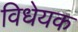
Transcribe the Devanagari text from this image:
विधेयक